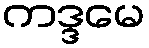
ကဒ္ဒမေ